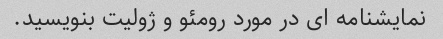
نمایشنامه ای در مورد رومئو و ژولیت بنویسید.